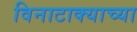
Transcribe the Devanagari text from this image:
विनाटाक्‍याच्या